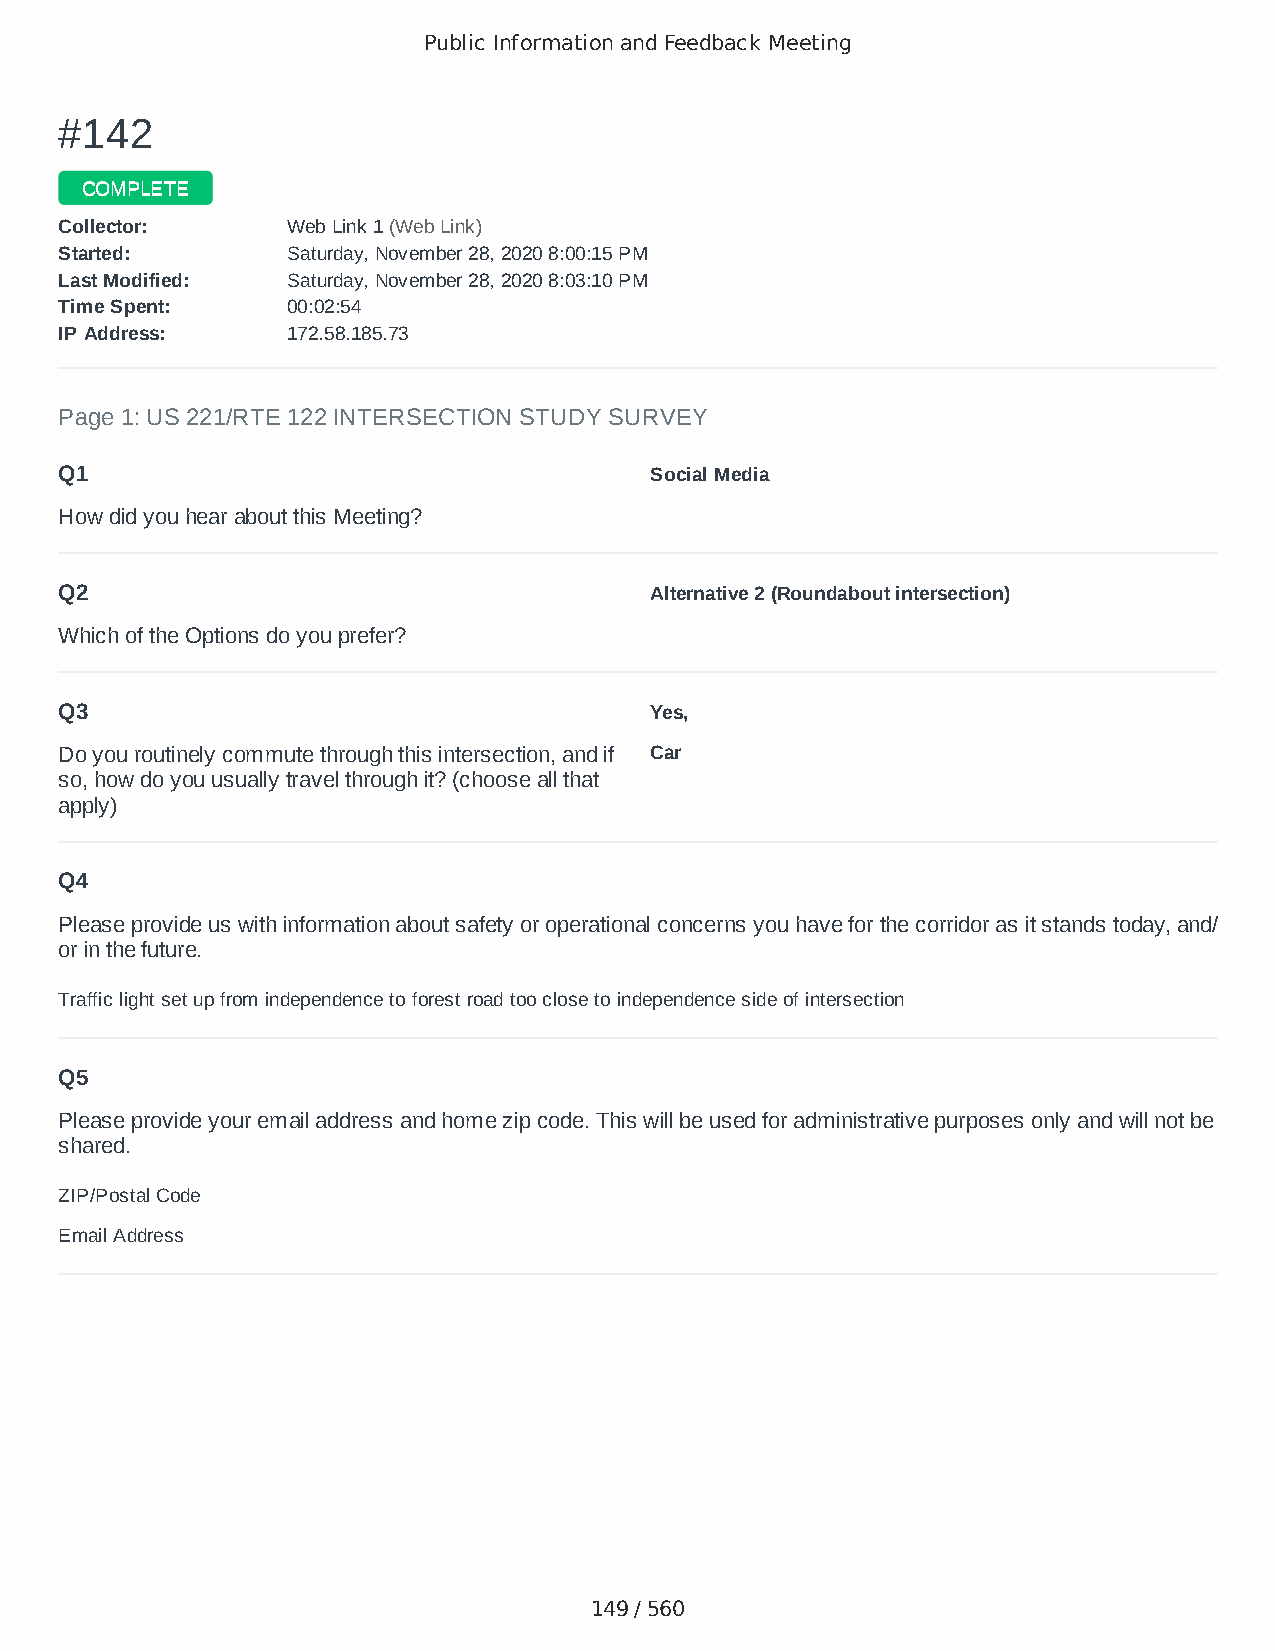
Public Information and Feedback Meeting
 ##114422
 CCOOMMPPLLEETTEE
 CCoolllleeccttoorr:: WWeebb LLiinnkk 11 ((WWeebb LLiinnkk))
 SSttaarrtteedd:: SSaattuurrddaayy,, NNoovveemmbbeerr 2288,, 22002200 88::0000::1155 PPMM
 LLaasstt MMooddiiffiieedd:: SSaattuurrddaayy,, NNoovveemmbbeerr 2288,, 22002200 88::0033::1100 PPMM
 TTiimmee SSppeenntt:: 0000::0022::5544
 IIPP AAddddrreessss:: 117722..5588..118855..7733
 Page 1: US 221/RTE 122 INTERSECTION STUDY SURVEY
 Q1                                     Social Media
 How did you hear about this Meeting?
 Q2                                     Alternative 2 (Roundabout intersection)
 Which of the Options do you prefer?
 Q3                                     Yes,
 Do you routinely commute through this intersection, and if Car
 so, how do you usually travel through it? (choose all that
 apply)
 Q4
 Please provide us with information about safety or operational concerns you have for the corridor as it stands today, and/
 or in the future.
 Traffic light set up from independence to forest road too close to independence side of intersection
 Q5
 Please provide your email address and home zip code. This will be used for administrative purposes only and will not be
 shared.
 ZIP/Postal Code                        24523
 Email Address                          rgates@outlook.com
 149 / 560